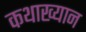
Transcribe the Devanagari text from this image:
कथाख्यान